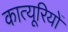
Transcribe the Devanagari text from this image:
कात्यूरियों